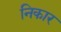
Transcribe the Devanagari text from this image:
निकार